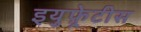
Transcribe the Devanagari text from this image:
इयुफ़्रेटीस